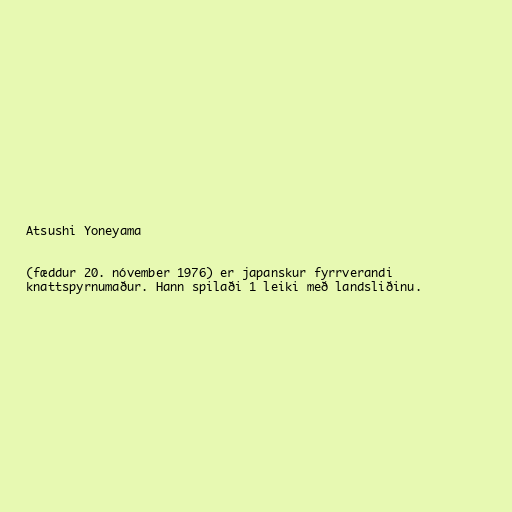
Atsushi Yoneyama

(fæddur 20. nóvember 1976) er japanskur fyrrverandi
knattspyrnumaður. Hann spilaði 1 leiki með landsliðinu.